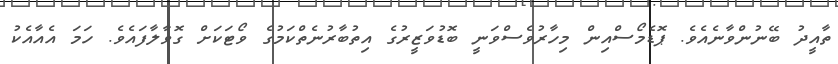
ތާއީދު ބޭނުންވާނެއެވެ. ޕޮޑެމޯސްއިން މިހާރުވެސްވަނީ ބޮޑުވަޒީރުގެ އިތުބާރުނެތްކަމުގެ ވޯޓަކަށް ގޮވާލާފައެވެ. ހަމަ އެއާއެކު